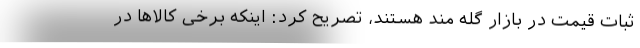
ثبات قیمت در بازار گله مند هستند، تصریح کرد: اینکه برخی کالاها در